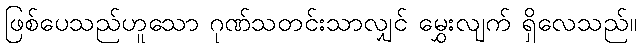
ဖြစ်ပေသည်ဟူသော ဂုဏ်သတင်းသာလျှင် မွှေးလျက် ရှိလေသည်။